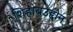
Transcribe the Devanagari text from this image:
शिहाबउद्दीन